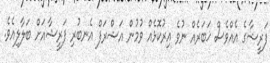
ފަރީޝާގެ އެއްވެސް ޚަބަރެއް ނުވެ އިރުކޮޅެއް ވުމުން އަޝްރަފް އެނބުރި ފަރީޝާއަށް ބަލާލިއެވެ.